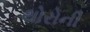
થોરોની